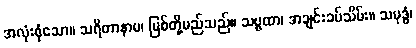
အလုံးစုံသော။ သရိတာနာမ၊ မြစ်တို့မည်သည်။ သဗ္ဗထာ၊ အချင်းခပ်သိမ်း။ သမုဒ္ဓံ၊